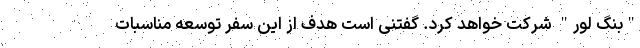
"بنگ لور" شرکت خواهد کرد. گفتنی است هدف از این سفر توسعه مناسبات